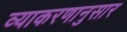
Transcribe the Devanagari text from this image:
व्याकरणानुसार